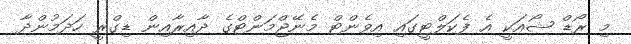
މި ރޯޑް ޝޯއަކީ އެ ފެކަލްޓީގައި އިވެންޓް މެނޭޖްމަންޓްގެ ދާއިރާއިން ޑިގްރީ ހަދަމުންދާ